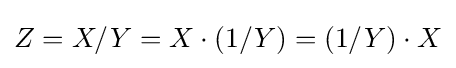
Z=X/Y=X\cdot (1/Y)=(1/Y)\cdot X